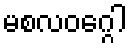
မစလဝဂ္ဂေါ